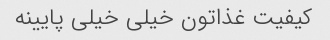
کیفیت غذاتون خیلی خیلی پایینه